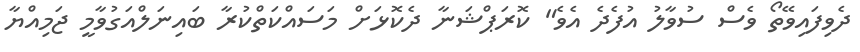
ދެވިފައިވޭތޯ ވެސް ސުވާލު އުފެދެ އެވެ" ކޮރަޕްޝަނާ ދެކޮޅަށް މަސައްކަތްކުރާ ބައިނަލްއަގުވާމީ ޖަމިއްޔާ